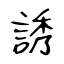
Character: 誘